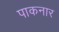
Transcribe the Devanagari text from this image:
पाकनार